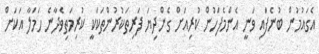
އެގައުމުން ބުނެފައި ވަނީ އެންމެފަހުން ކުރިއަށް ގެންދިޔަ ފަރިތަކުރުންތަކަކީ ކުރިމަތިވެދާނެ ހަމަލާ އަކަށް